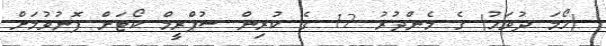
(ހޯމަ ދުވަހު) ގެ މެންދުރު 12 ގެ ކުރިން ސުޕްރީމް ކޯޓަށް ފޮނުވުމަށް